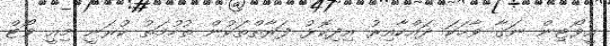
އީވޯޓިން ނަގާ ވާހަކަ ދައްކާއިރު އިދިކޮޅު ފަރާތްތަކުން ތުހުމަތު ކުރަނީ މިއީ ވޯޓް